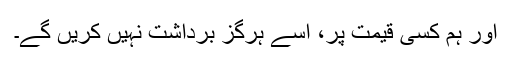
اور ہم کسی قیمت پر، اِسے ہرگز برداشت نہیں کریں گے۔